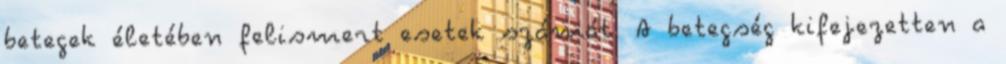
betegek életében felismert esetek számát. A betegség kifejezetten a